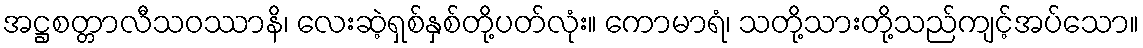
အဋ္ဌစတ္တာလီသဝဿာနိ၊ လေးဆဲ့ရှစ်နှစ်တို့ပတ်လုံး။ ကောမာရံ၊ သတို့သားတို့သည်ကျင့်အပ်သော။